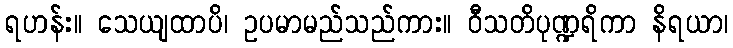
ရဟန်း။ သေယျထာပိ၊ ဥပမာမည်သည်ကား။ ဝီသတိပုဏ္ဍရိကာ နိရယာ၊